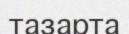
тазарта